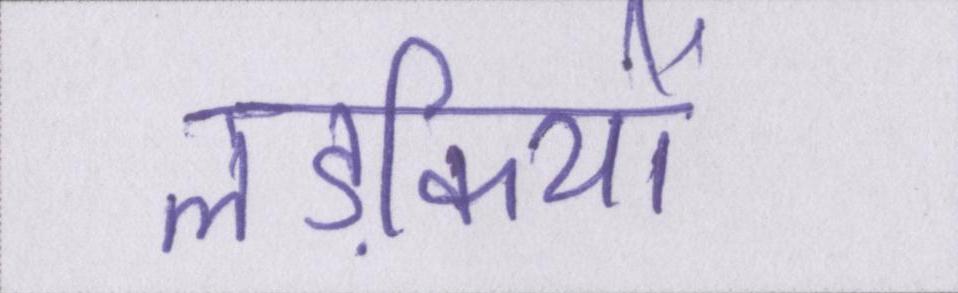
लड़कियों